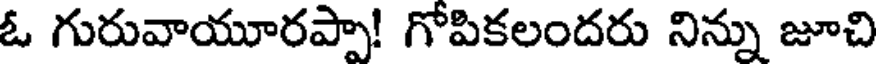
ఓ గురువాయూరప్పా! గోపికలందరు నిన్ను జూచి